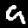
Label: 9